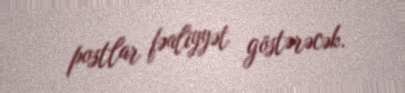
postlar fəaliyyət göstərəcək.